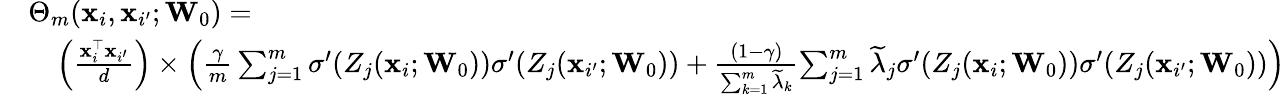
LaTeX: \begin{array}{rl}&{\Theta_{m}(\mathbf{x}_{i},\mathbf{x}_{i^{\prime}};\mathbf{W}_{0})=}\\ &{\quad\left(\frac{\mathbf{x}_{i}^{\top}\mathbf{x}_{i^{\prime}}}{d}\right)\times\left(\frac{\gamma}{m}\sum_{j=1}^{m}\sigma^{\prime}(Z_{j}(\mathbf{x}_{i};\mathbf{W}_{0}))\sigma^{\prime}(Z_{j}(\mathbf{x}_{i^{\prime}};\mathbf{W}_{0}))\right.+\frac{(1-\gamma)}{\sum_{k=1}^{m}\widetilde\lambda_{k}}\left.\sum_{j=1}^{m}\widetilde\lambda_{j}\sigma^{\prime}(Z_{j}(\mathbf{x}_{i};\mathbf{W}_{0}))\sigma^{\prime}(Z_{j}(\mathbf{x}_{i^{\prime}};\mathbf{W}_{0}))\right)}\end{array}